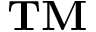
\bf { T M }